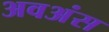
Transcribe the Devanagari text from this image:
अवअंस